Report of the Indian Hemp Drugs Commission, 1894-1895 - Volume I
Year: 1894
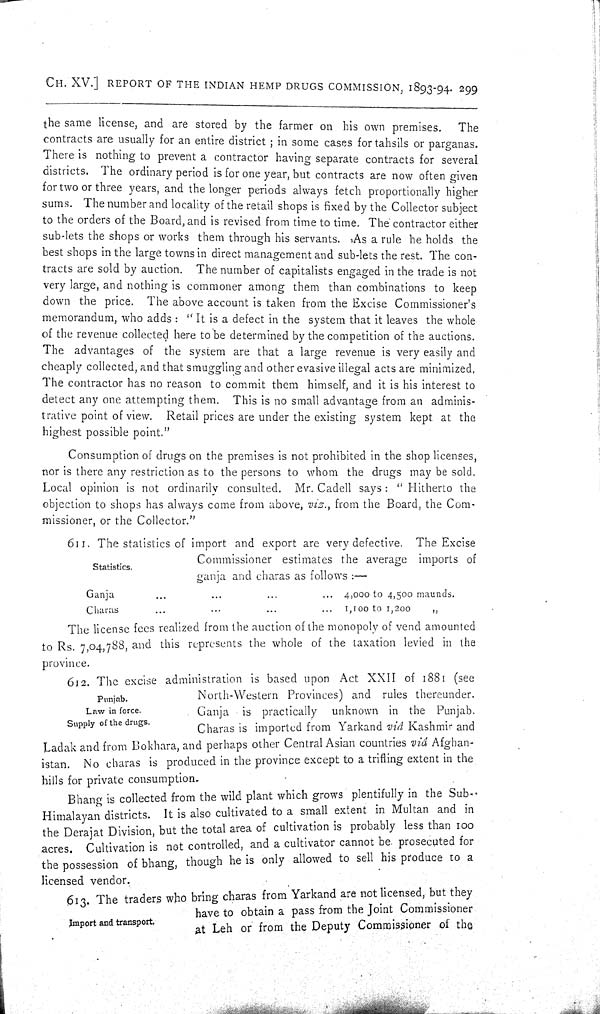
CH. XV.] REPORT OF THE INDIAN HEMP DRUGS COMMISSION, 1893-94. 299
the same license, and are stored by the farmer on his own premises.
The
contracts are usually for an entire district; in some cases for tahsils or parganas.
There is nothing to prevent a contractor having separate contracts for several
districts. The ordinary period is for one year, but contracts are now often given
for two or three years, and the longer periods always fetch proportionally higher
sums. The number and locality of the retail shops is fixed by the Collector subject
to the orders of the Board, and is revised from time to time. The contractor either
sub-lets the shops or works them through his servants. As a rule he holds the
best shops in the large towns in direct management and sub-lets the rest. The con-
tracts are sold by auction. The number of capitalists engaged in the trade is not
very large, and nothing is commoner among them than combinations to keep
down the price. The above account is taken from the Excise Commissioner's
memorandum, who adds: "It is a defect in the system that it leaves the whole
of the revenue collected here to be determined by the competition of the auctions.
The advantages of the system are that a large revenue is very easily and
cheaply collected, and that smuggling and other evasive illegal acts are minimized,
The contractor has no reason to commit them himself, and it is his interest to
detect any one attempting them. This is no small advantage from an adminis-
trative point of view. Retail prices are under the existing system kept at the
highest possible point."
Consumption of drugs on the premises is not prohibited in the shop licenses,
nor is there any restriction as to the persons to whom the drugs may be sold.
Local opinion is not ordinarily consulted. Mr. Cadell says: "Hitherto the
objection to shops has always come from above, viz., from the Board, the Com-
missioner, or the Collector."
Statistics.
611. The statistics of import and export are very defective. The Excise
Commissioner estimates the average imports of
ganja and charas as follows:—
Ganja
4,000 to 4,500 maunds.
Charas
1,100 to 1,200
"
The license fees realized from the auction of the monopoly of vend amounted
to Rs. 7,04,788, and this represents the whole of the taxation levied in the
province.
Punjab.
Law in force.
Supply of the drugs.
612. The excise administration is based upon Act XXII of 1881 (see
North-Western Provinces) and rules thereunder.
Ganja is practically unknown in the Punjab.
Charas is imported from Yarkand viâ Kashmir and
Ladak and from Bokhara, and perhaps other Central Asian countries viâ Afghan-
istan. No charas is produced in the province except to a trifling extent in the
hills for private consumption.
Bhang is collected from the wild plant which grows plentifully in the Sub-
Himalayan districts. It is also cultivated to a small extent in Multan and in
the Derajat Division, but the total area of cultivation is probably less than 100
acres. Cultivation is not controlled, and a cultivator cannot be prosecuted for
the possession of bhang, though he is only allowed to sell his produce to a
licensed vendor.
Import and transport.
613. The traders who bring charas from Yarkand are not licensed, but they
have to obtain a pass from the Joint Commissioner
at Leh or from the Deputy Commissioner of the